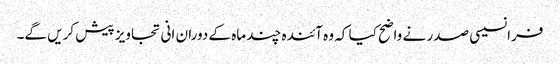
فرانسیسی صدر نے واضح کیا کہ وہ آئندہ چند ماہ کے دوران انی تجاویز پیش کریں گے۔